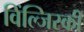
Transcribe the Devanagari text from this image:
विंल्जिस्की